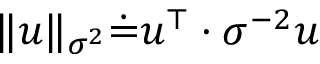
\| u \| _ { \sigma ^ { 2 } } \dot { = } u ^ { \top } \cdot \sigma ^ { - 2 } u